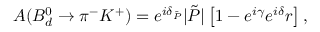
A ( B _ { d } ^ { 0 } \to \pi ^ { - } K ^ { + } ) = e ^ { i \delta _ { \tilde { P } } } | \tilde { P } | \left[ 1 - e ^ { i \gamma } e ^ { i \delta } r \right] ,